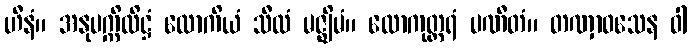
ဟီနံ။ အနုပက္ကိလိဋ္ဌံ လောကိယံ သီလံ မဇ္ဈိမံ။ လောကုတ္တရံ ပဏီတံ။ တဏှာဝသေန ဝါ